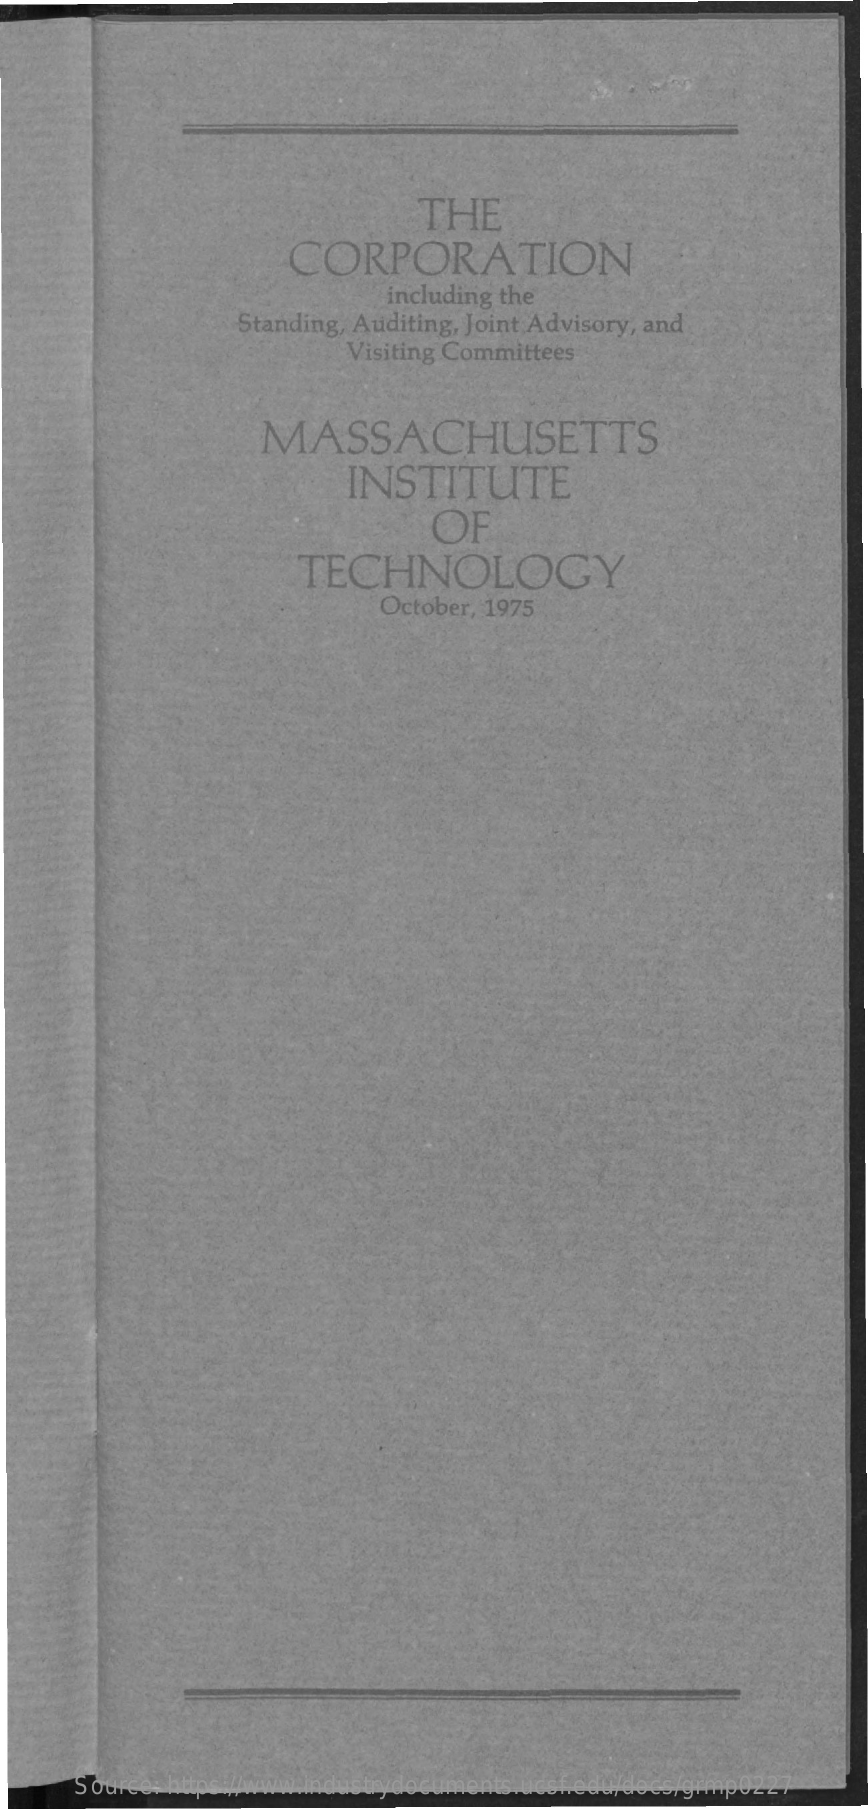
THE
     CORPORATION
     including the
     Standing, Auditing, Joint Advisory, and
     Visiting Committees
     MASSACHUSETTS
     INSTITUTE
     OF
     TECHNOLOGY
     October, 1975
     Source: https://www.industrydocuments.ucsf.edu/docs/grmp0227